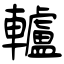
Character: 轤